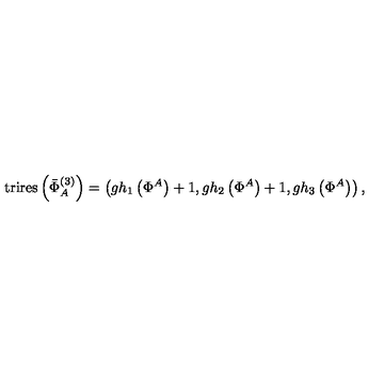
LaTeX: \mathrm { t r i r e s } \left( \bar { \Phi } _ { A } ^ { ( 3 ) } \right) = \left( g h _ { 1 } \left( \Phi ^ { A } \right) + 1 , g h _ { 2 } \left( \Phi ^ { A } \right) + 1 , g h _ { 3 } \left( \Phi ^ { A } \right) \right) ,